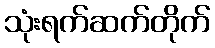
သုံးရက်ဆက်တိုက်